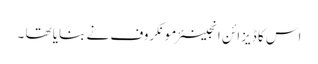
اس کا ڈیزائن انجینئر مونکروف نے بنایا تھا ۔